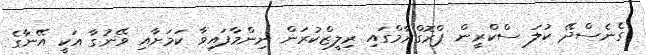
ގެނެސްދޭ ކުލަ ސްކްރީން ޕްރޮގްރާމްގައި ރިލީޒްކުރަން ނިންމާފައިވާ ކަމަށާއި ވޭނުގާ އަކީ އޭނާގެ